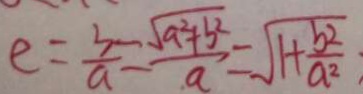
e = \frac { 3 } { a } = \frac { \sqrt { a ^ { 2 } + b ^ { 2 } } } { a } = \sqrt { 1 + \frac { b ^ { 2 } } { a ^ { 2 } } }